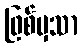
ဖြစ်မှသာ